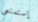
إستمتعي